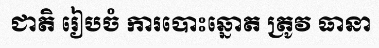
ជាតិ រៀបចំ ការបោះឆ្នោត ត្រូវ ធានា